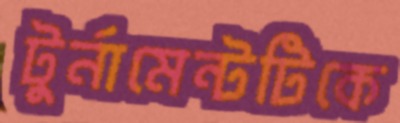
টুর্নামেন্টটিকে